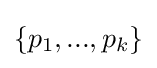
\{p_{1},...,p_{k}\}